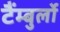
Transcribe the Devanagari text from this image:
टैंम्बुर्लो